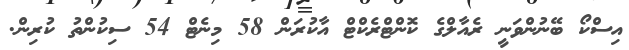
އިސްކޯ ބޭނުންވަނީ ރެއާލްގެ ކޮންޓްރެކްޓް އާކުރަން 58 މިނެޓް 54 ސިކުންތު ކުރިން.